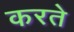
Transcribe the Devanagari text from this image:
करते